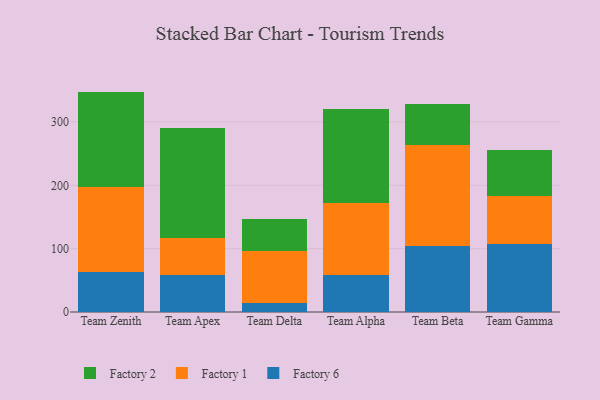
{"axis": {"x": "Team", "y": "Satisfaction Score"}, "legend": ["Factory 1", "Factory 2", "Factory 6"], "data": [{"x": "Team Zenith", "y": 63.1, "type": "Factory 6"}, {"x": "Team Zenith", "y": 134.5, "type": "Factory 1"}, {"x": "Team Zenith", "y": 150.3, "type": "Factory 2"}, {"x": "Team Apex", "y": 59.1, "type": "Factory 6"}, {"x": "Team Apex", "y": 57.1, "type": "Factory 1"}, {"x": "Team Apex", "y": 174.0, "type": "Factory 2"}, {"x": "Team Delta", "y": 14.5, "type": "Factory 6"}, {"x": "Team Delta", "y": 81.6, "type": "Factory 1"}, {"x": "Team Delta", "y": 50.2, "type": "Factory 2"}, {"x": "Team Alpha", "y": 58.1, "type": "Factory 6"}, {"x": "Team Alpha", "y": 113.8, "type": "Factory 1"}, {"x": "Team Alpha", "y": 149.1, "type": "Factory 2"}, {"x": "Team Beta", "y": 103.8, "type": "Factory 6"}, {"x": "Team Beta", "y": 160.2, "type": "Factory 1"}, {"x": "Team Beta", "y": 63.8, "type": "Factory 2"}, {"x": "Team Gamma", "y": 107.6, "type": "Factory 6"}, {"x": "Team Gamma", "y": 76.0, "type": "Factory 1"}, {"x": "Team Gamma", "y": 71.9, "type": "Factory 2"}]}